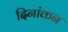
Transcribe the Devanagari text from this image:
दिनांकन